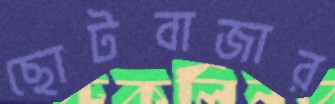
ছোটবাজার